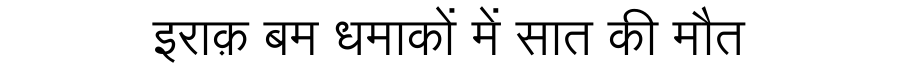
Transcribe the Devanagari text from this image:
इराक़ बम धमाकों में सात की मौत